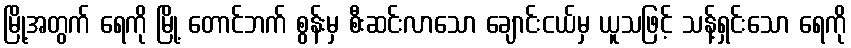
မြို့အတွက် ရေကို မြို့ တောင်ဘက် စွန်းမှ စီးဆင်းလာသော ချောင်းငယ်မှ ယူသဖြင့် သန့်ရှင်းသော ရေကို